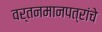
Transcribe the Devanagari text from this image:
वर्तनमानपत्रांचे